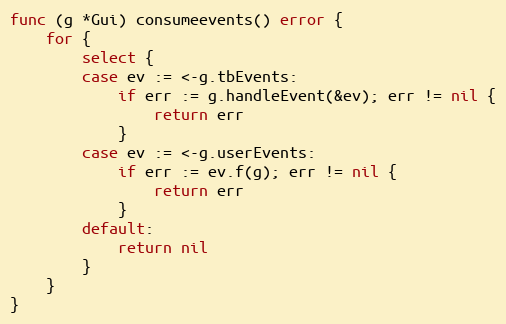
Language: Go
func (g *Gui) consumeevents() error {
	for {
		select {
		case ev := <-g.tbEvents:
			if err := g.handleEvent(&ev); err != nil {
				return err
			}
		case ev := <-g.userEvents:
			if err := ev.f(g); err != nil {
				return err
			}
		default:
			return nil
		}
	}
}